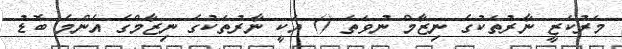
މަރުކަޒީ ނާރުތަކުގެ ނިޒާމް ނުވަތަ () އަކީ ނާރުތަކުގެ ނިޒާމްގެ އެންމެ ބޮޑު